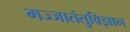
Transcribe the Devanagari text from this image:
मज्जातंतुविज्ञान